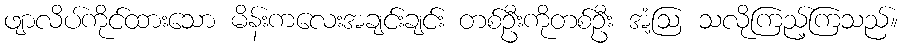
ဖျာလိပ်ကိုင်ထားသော မိန်းကလေးအချင်းချင်း တစ်ဦးကိုတစ်ဦး အံ့ဩ သလိုကြည့်ကြသည်။